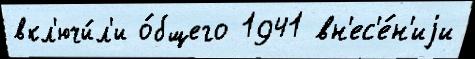
вкл'ючи́л'и о́бщего 1941 вн'ес'е́н'иjи